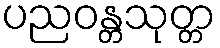
ပညဝန္တသုတ္တ